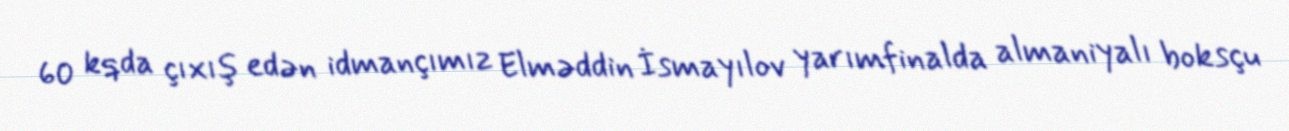
60 kqda çıxış edən idmançımız Elməddin İsmayılov yarımfinalda almaniyalı boksçu